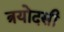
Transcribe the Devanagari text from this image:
त्रयोदसी